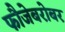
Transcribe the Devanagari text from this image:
फौजेबरोबर